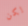
لكن